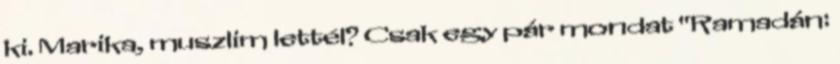
ki. Marika, muszlim lettél? Csak egy pár mondat "Ramadán: